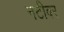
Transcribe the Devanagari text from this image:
नटीवर